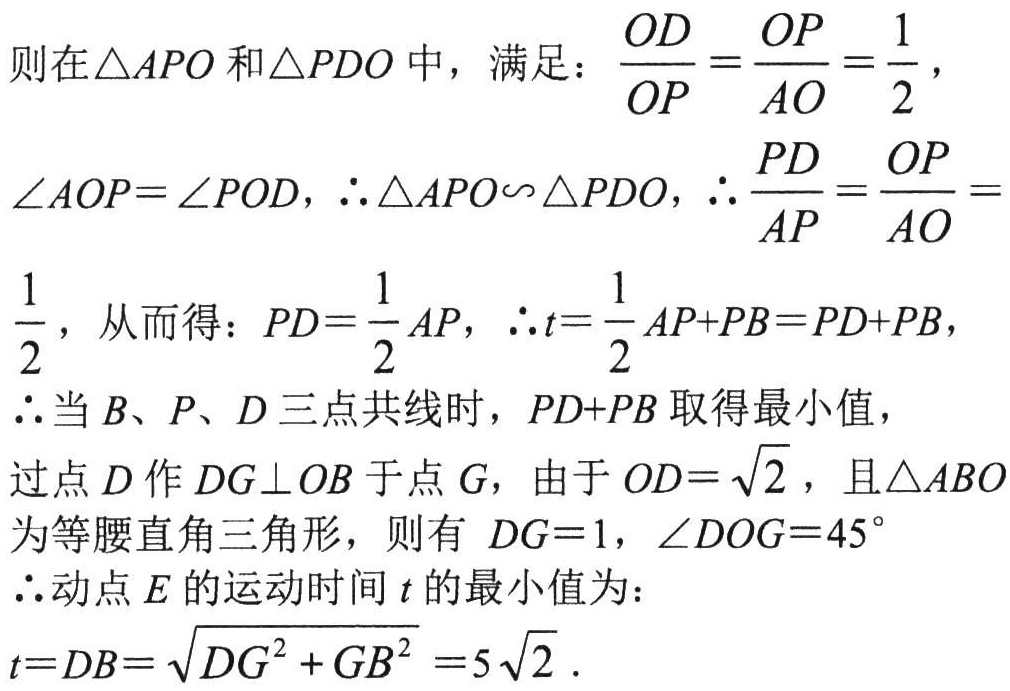
则在\(\triangle APO\)和\(\triangle PDO\)中，满足：\(\frac{OD}{OP}=\frac{OP}{AO}=\frac{1}{2}\)，
\(\angle AOP = \angle POD\)，\(\therefore\triangle APO\sim\triangle PDO\)，\(\therefore\frac{PD}{AP}=\frac{OP}{AO}=\)
\(\frac{1}{2}\)，从而得：\(PD = \frac{1}{2}AP\)，\(\therefore t=\frac{1}{2}AP + PB=PD + PB\)，
\(\therefore\)当\(B、P、D\)三点共线时，\(PD + PB\)取得最小值，
过点\(D\)作\(DG\perp OB\)于点\(G\)，由于\(OD = \sqrt{2}\)，且\(\triangle ABO\)为等腰直角三角形，则有 \(DG = 1\)，\(\angle DOG = 45^{\circ}\)
\(\therefore\)动点\(E\)的运动时间\(t\)的最小值为：
\(t = DB=\sqrt{DG^{2}+GB^{2}} = 5\sqrt{2}\)．